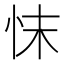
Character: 𢗿